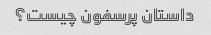
داستان پرسفون چیست؟